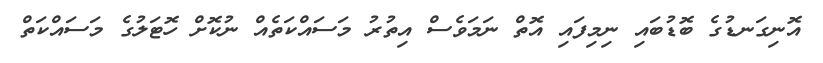
އޮނިގަނޑުގެ ބޮޑުބައި ނިމިފައި އޮތް ނަމަވެސް އިތުރު މަސައްކަތެއް ނުކޮށް ހޮޓަލުގެ މަސައްކަތް